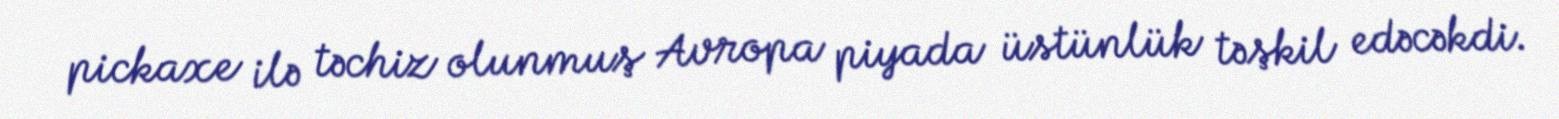
pickaxe ilə təchiz olunmuş Avropa piyada üstünlük təşkil edəcəkdi.